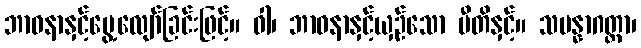
ဘာဝနာနှင့်မွေ့လျော်ခြင်းဖြင့်။ ဝါ၊ ဘာဝနာနှင့်ယှဉ်သော ပီတိနှင့်။ သမန္နာဂတ္တာ၊